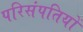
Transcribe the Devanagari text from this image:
परिसंपतियों